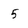
Character: 5